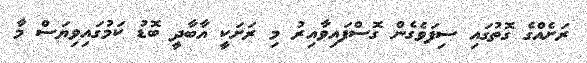
ރަށެއްގެ ގޮތުގައި ސިފަވެގެން ގޮސްފައިވާއިރު މި ރަށަކީ އާބާދީ ބޮޑު ކަމުގައިވިޔަސް މާ